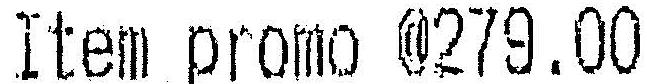
ITEM PROMO @279.00